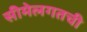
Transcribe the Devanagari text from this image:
सीमेलगतची